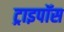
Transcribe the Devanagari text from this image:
ट्राइपॉस